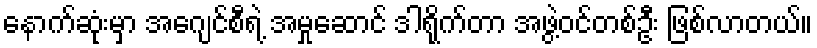
နောက်ဆုံးမှာ အေဂျင်စီရဲ့ အမှုဆောင် ဒါရိုက်တာ အဖွဲ့ဝင်တစ်ဦး ဖြစ်လာတယ်။